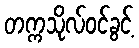
တက္ကသိုလ်ဝင်ခွင့်